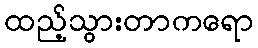
ထည့်သွားတာကရော